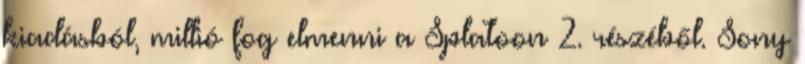
kiadásból, millió fog elmenni a Splatoon 2. részéből. Sony